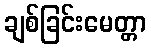
ချစ်ခြင်းမေတ္တာ